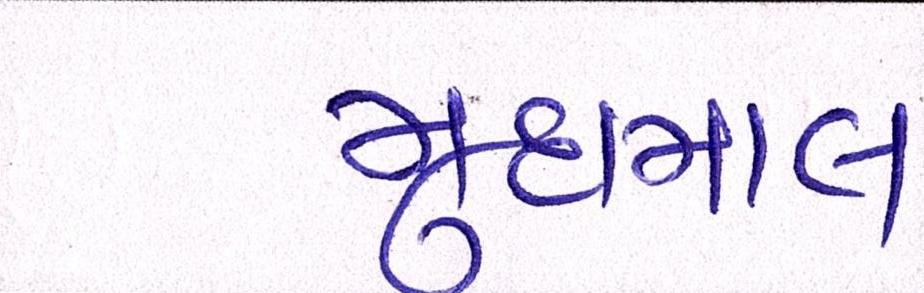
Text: મુદામાલ